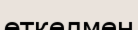
өткелмен